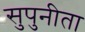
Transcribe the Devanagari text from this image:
सुपुनीता